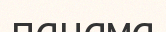
панама